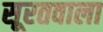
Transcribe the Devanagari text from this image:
सूरतवाला